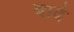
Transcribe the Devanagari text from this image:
बादे